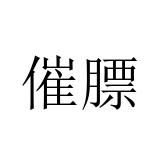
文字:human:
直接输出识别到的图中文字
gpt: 催膘